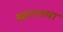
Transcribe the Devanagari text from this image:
खणल्या